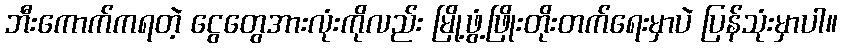
ဘီးကောက်ကရတဲ့ ငွေတွေအားလုံးကိုလည်း မြို့ဖွံ့ဖြိုးတိုးတက်ရေးမှာပဲ ပြန်သုံးမှာပါ။